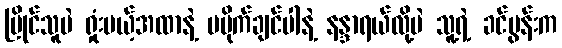
ပြိုင်သူပဲ ရှုံးမယ့်အထာနဲ့ မမိုက်ချင်ပါနဲ့ နန္ဒာရယ်လို့ပဲ သူ့ရဲ့ ခင်ပွန်းက